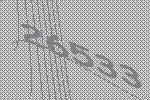
26533